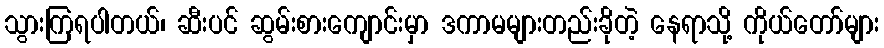
သွားကြရပါတယ်၊ ဆီးပင် ဆွမ်းစားကျောင်းမှာ ဒကာမများတည်းခိုတဲ့ နေရာသို့ ကိုယ်တော်များ